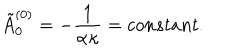
LaTeX: \tilde { A } _ { 0 } ^ { ( 0 ) } = - \frac { 1 } { \alpha \kappa } = c o n s t a n t .